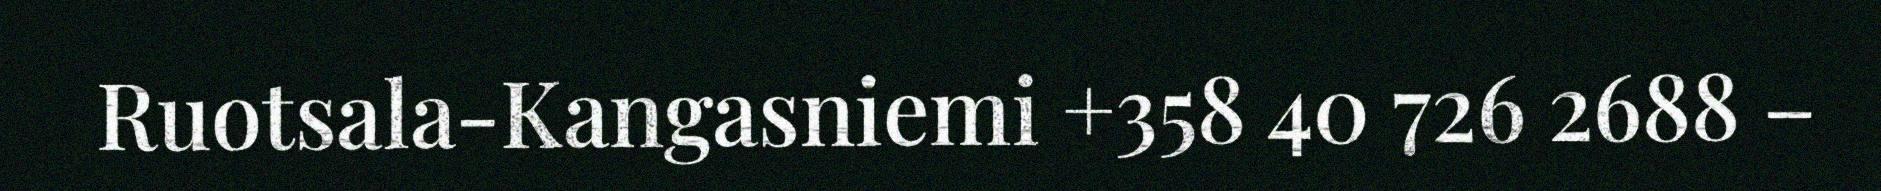
Ruotsala-Kangasniemi +358 40 726 2688 –